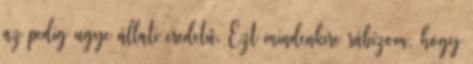
az pedig ugye állati eredetű. Ezt mindenkire rábízom, hogy